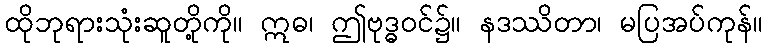
ထိုဘုရားသုံးဆူတို့ကို။ ဣဓ၊ ဤဗုဒ္ဓဝင်၌။ နဒဿိတာ၊ မပြအပ်ကုန်။